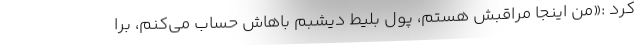
کرد :«من اینجا مراقبش هستم، پول بلیط دیشبم باهاش حساب می‌کنم، برا